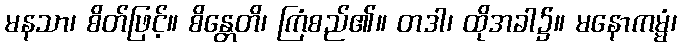
မနသာ၊ စိတ်ဖြင့်။ စိန္တေတိ၊ ကြံစည်၏။ တဒါ၊ ထိုအခါ၌။ မနောကမ္မံ၊